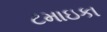
ટમાઇકા